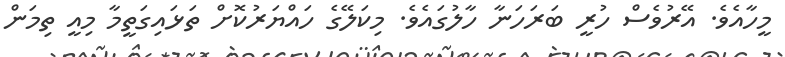
މީހާއެވެ. އޭރުވެސް ހުރީ ބަރަހަނާ ހާލުގައެވެ. މިކަލޭގެ ހައްޔަރުކޮށް ތަޅައިގަތީމާ މިއީ ތިމަން